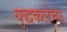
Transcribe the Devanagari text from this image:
युद्धकलेचा